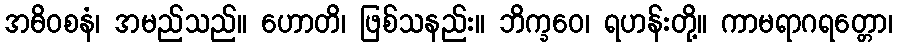
အဓိဝစနံ၊ အမည်သည်။ ဟောတိ၊ ဖြစ်သနည်း။ ဘိက္ခဝေ၊ ရဟန်းတို့။ ကာမရာဂရတ္တော၊